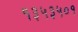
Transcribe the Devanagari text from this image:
१३५३५०१